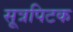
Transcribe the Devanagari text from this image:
सूत्रपिटक